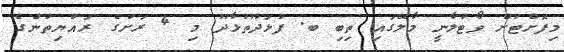
މިފޮށްޓަށް ވޯޓުލާނީ މާލޭގައި ތިބި ބ. ފުޅަދޫތުޅާދޫ މި 4 ރަށުގެ ރައްޔިތުންގެ